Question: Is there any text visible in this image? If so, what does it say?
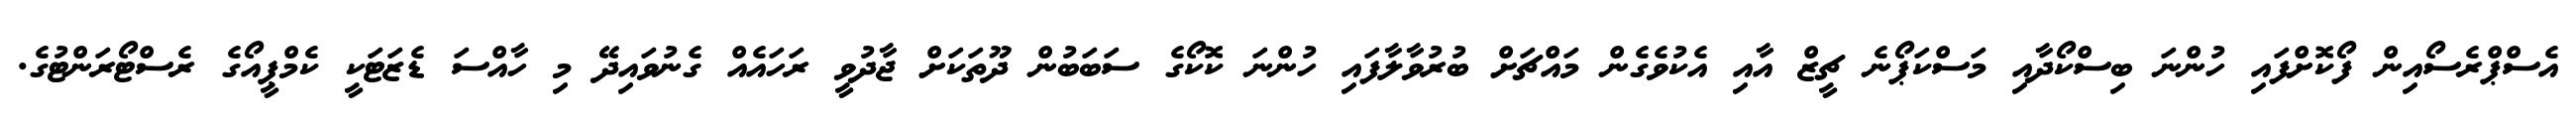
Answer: އެސްޕްރެސޯއިން ފޯކޮށްފައި ހުންނަ ބިސްކޯދާއި މަސްކަޕޯނެ ޗީޒް އާއި އެކުވެގެން މައްޗަށް ބުރުވާލާފައި ހުންނަ ކޮކޯގެ ސަބަބުން ދޫތަކަށް ޖާދުވީ ރަހައެއް ގެނުވައިދޭ މި ހާއްސަ ޑެޒަޓަކީ ކެމްޕީއޯގެ ރެސްޓޯރަންޓުގެ.